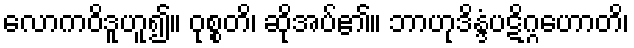
လောကဝိဒူဟူ၍။ ဝုစ္စတိ၊ ဆိုအပ်၏။ ဘာဟုဒိန္ဒံပဋိဂ္ဂဟောတိ၊